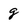
Character: g